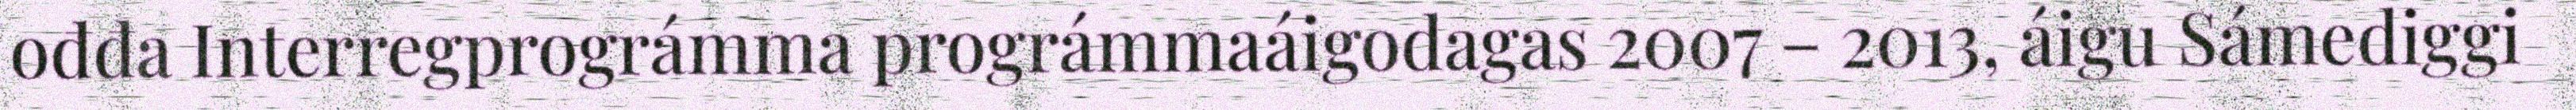
ođđa Interregprográmma prográmmaáigodagas 2007 – 2013, áigu Sámediggi